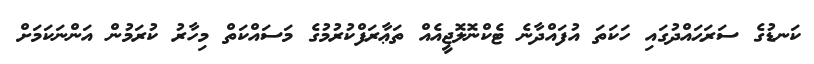
ކަނޑުގެ ސަރަޙައްދުގައި ހަކަތަ އުފައްދާނެ ޓެކްނޮލޮޖީއެއް ތަޢާރަފްކުރުމުގެ މަސައްކަތް މިހާރު ކުރަމުން އަންނަކަމަށް